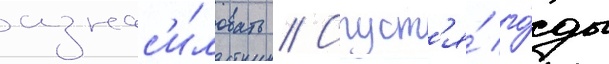
изнас'и́ловать // Спуст'я́ го́ды